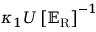
\kappa _ { 1 } U \left[ \mathbb { E } _ { \mathrm { { R } } } \right] ^ { - 1 }